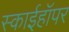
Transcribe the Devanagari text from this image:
स्काईहॉपर